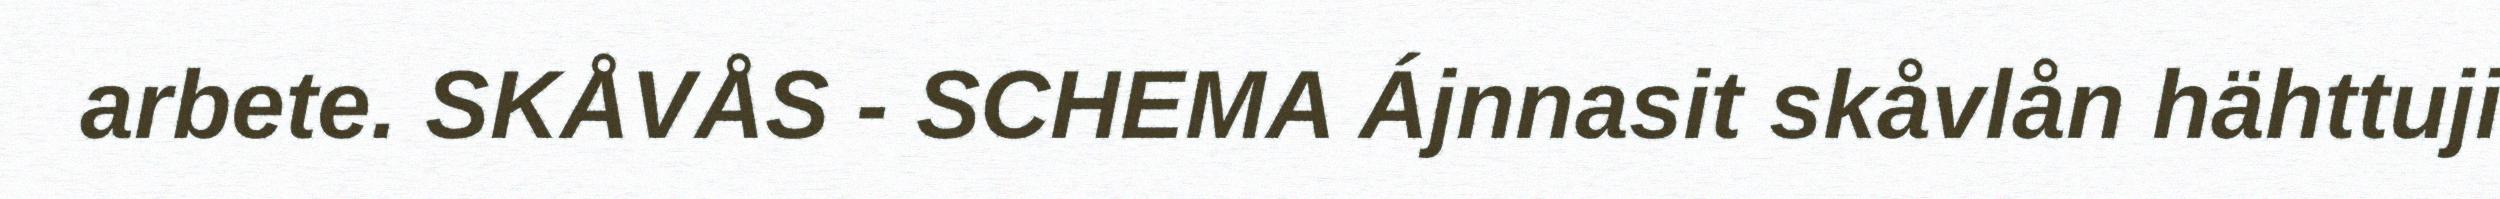
arbete. SKÅVÅS - SCHEMA Ájnnasit skåvlån hähttuji